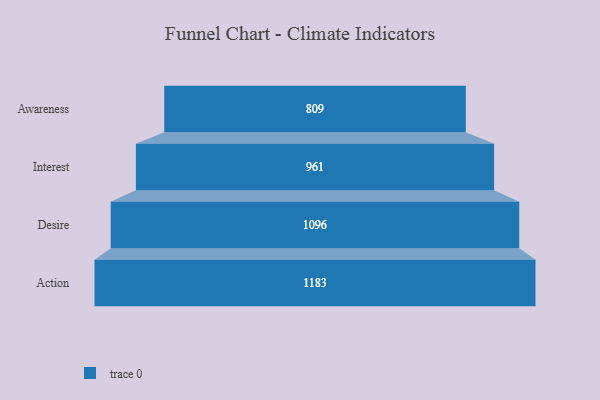
{"axis": {"x": "Stage", "y": "Value"}, "legend": [""], "data": [{"x": "Awareness", "y": 809.0, "type": ""}, {"x": "Interest", "y": 961.0, "type": ""}, {"x": "Desire", "y": 1096.0, "type": ""}, {"x": "Action", "y": 1183.0, "type": ""}]}